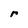
Character: r